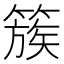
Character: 簇